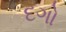
દગો